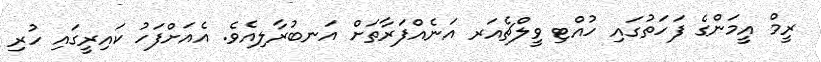
ރީމް އީމަންގެ ފަހަތުގައި ހުއްޓި ވީލްޗެއަރ އަނެއްފަރާތަށް އަނބުރާލިއެވެ. އެއަށްފަހު ކައިރީގައި ހުރި